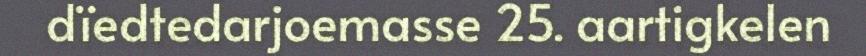
dïedtedarjoemasse 25. aartigkelen